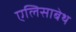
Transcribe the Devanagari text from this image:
एलिसाबेथ